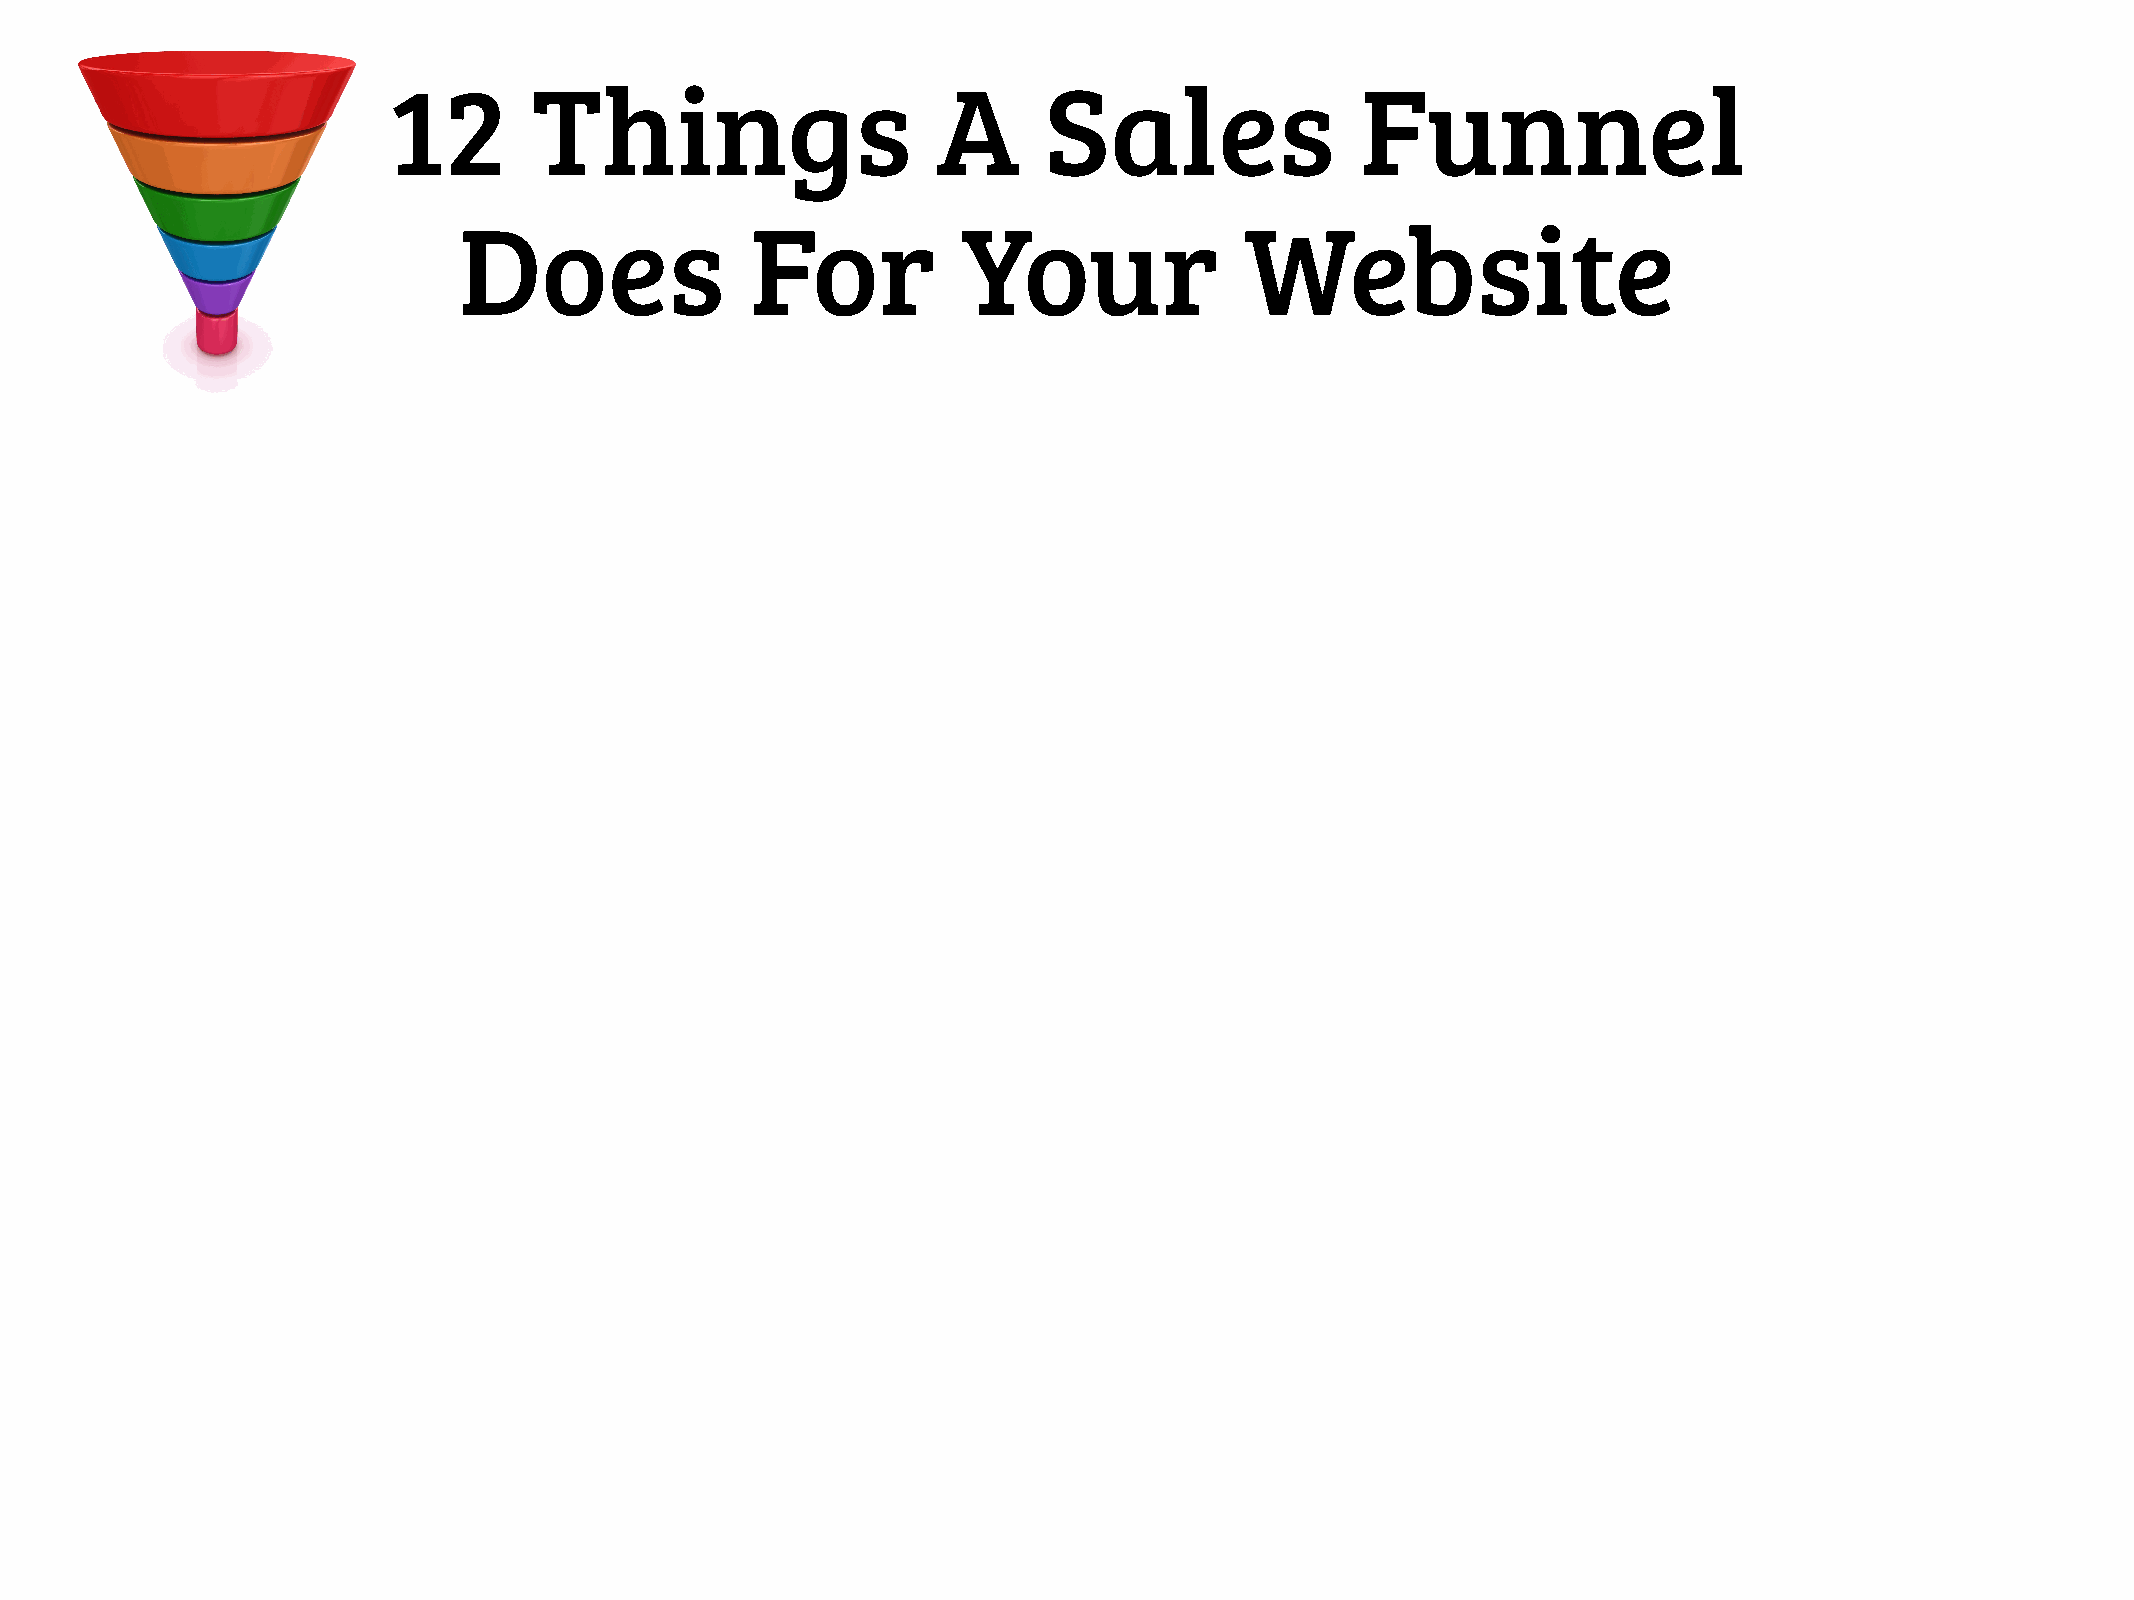
12       Things                     A      Sales                Funnel
 Does                For           Your              Website